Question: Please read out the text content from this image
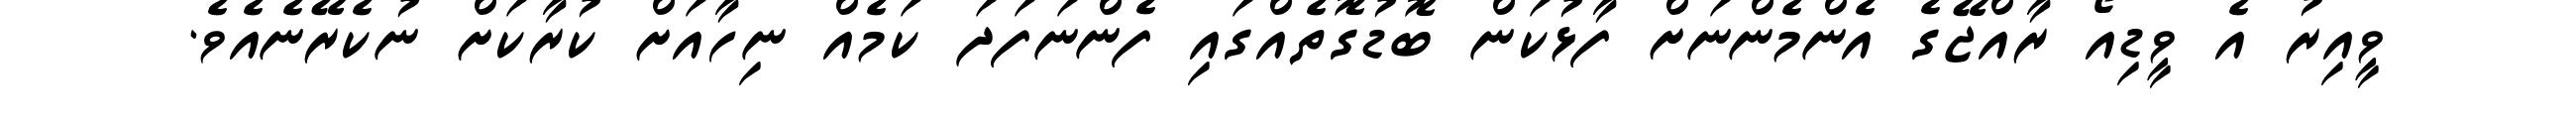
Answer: ވީއިރު އެ ވީޑިއޯ ރާއްޖޭގެ އެންމެންނަށް ފާޅުކަން ބޮޑުގޮތެއްގައި ފެންނަފަދަ ކަމެއް ނިހާއަށް ކުރާކަށް ނުކެރޭނެއެވެ.